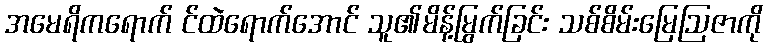
အမေရိကရောက် င်ထဲရောက်အောင် သူ၏မိန့်မြွက်ခြင်း သစ်စိမ်းမြေဩဇာကို